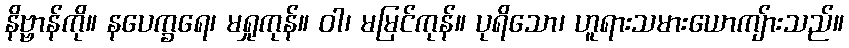
နိဗ္ဗာန်ကို။ နပေက္ခရေ၊ မရှုကုန်။ ဝါ၊ မမြင်ကုန်။ ပုရိသော၊ ဟူရားသမားယောကျ်ားသည်။